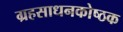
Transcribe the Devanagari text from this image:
ग्रहसाधनकोष्ठक